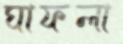
ঘাফলা